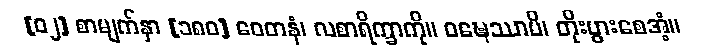
[၀၂] စာမျက်နှာ [၁၈၀] ဝေတနံ၊ လစာရိက္ခာကို။ ဝဍ္ဎေဿာမိ၊ တိုးပွားစေအံ့။